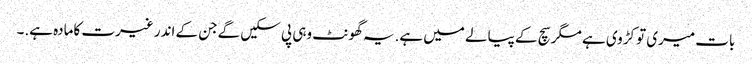
بات میری تو کڑوی ہے مگر سچ کے پیالے میں ہے.یہ گھونٹ وہی پی سکیں گےجن کے اندر غیرت کامادہ ہے.۔